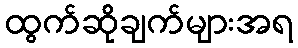
ထွက်ဆိုချက်များအရ